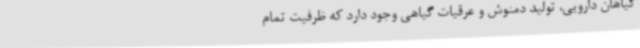
گیاهان دارویی، تولید دمنوش و عرقیات گیاهی وجود دارد که ظرفیت تمام